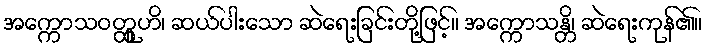
အက္ကောသဝတ္ထူဟိ၊ ဆယ်ပါးသော ဆဲရေးခြင်းတို့ဖြင့်။ အက္ကောသန္တိ၊ ဆဲရေးကုန်၏။